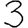
Digit: 3